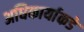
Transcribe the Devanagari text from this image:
अधिकार्याकडे